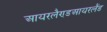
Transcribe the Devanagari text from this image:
आयरलैण्डआयरलैंड